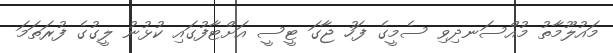
މައުލޫމާތު މުއްސަނދިވި ސެމީގެ ފަހު ޖާގަ ޓީސީ އަށްޓާފުގައި ކުޅުނު ލީގުގެ ފުރަތަމަ